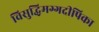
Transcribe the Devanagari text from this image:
विसुद्धिमग्गदीपिका